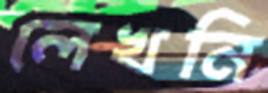
লেখনি